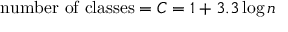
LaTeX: { \mathrm { n u m b e r ~ o f ~ c l a s s e s } } = C = 1 + 3 . 3 \log n